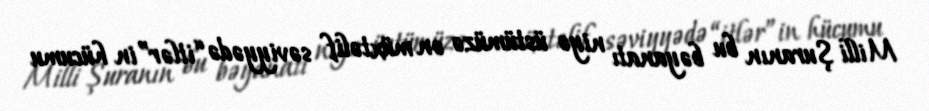
Milli Şuranın bu bəyanatı niyə üstümüzə ən müxtəlif səviyyədə “itlər”in hücumu